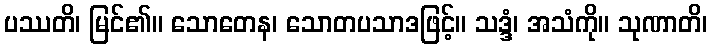
ပဿတိ၊ မြင်၏။ သောတေန၊ သောတပသာဒဖြင့်။ သဒ္ဒံ၊ အသံကို။ သုဏာတိ၊